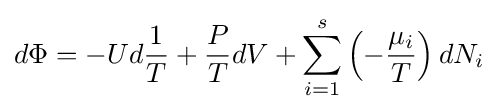
d\Phi =-Ud{\frac {1}{T}}+{\frac {P}{T}}dV+\sum _{i=1}^{s}\left(-{\frac {\mu _{i}}{T}}\right)dN_{i}